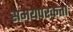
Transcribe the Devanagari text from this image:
समयपरकता